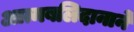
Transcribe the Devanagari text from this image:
आत्मबलिदानाने